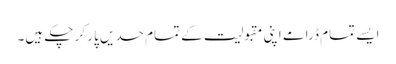
ایسے تمام ڈرامے اپنی مقبولیت کے تمام حدیں پار کر چکے ہیں۔